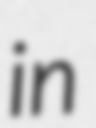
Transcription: in